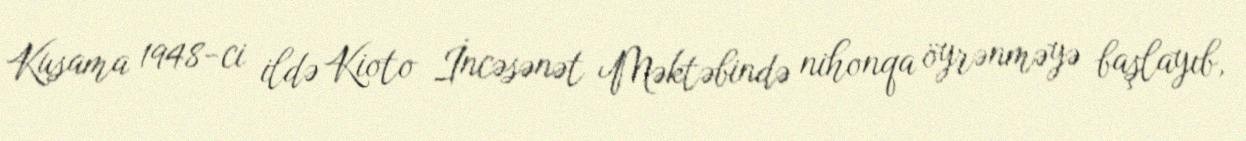
Kusama 1948-ci ildə Kioto İncəsənət Məktəbində nihonqa öyrənməyə başlayıb,